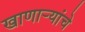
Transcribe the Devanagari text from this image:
खाणार्‍यांचे